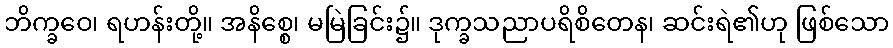
ဘိက္ခဝေ၊ ရဟန်းတို့။ အနိစ္စေ၊ မမြဲခြင်း၌။ ဒုက္ခသညာပရိစိတေန၊ ဆင်းရဲ၏ဟု ဖြစ်သော